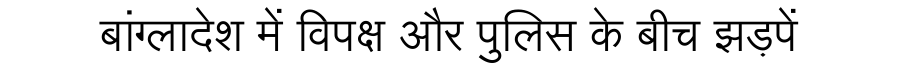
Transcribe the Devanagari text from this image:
बांग्लादेश में विपक्ष और पुलिस के बीच झड़पें